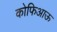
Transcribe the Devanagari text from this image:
कोफिआऊ